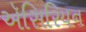
ઍસિરિયન